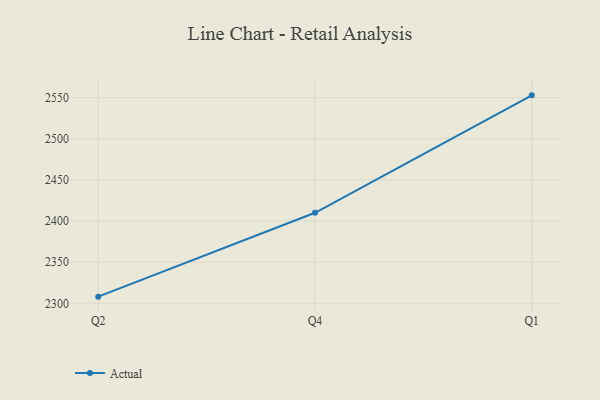
{"axis": {"x": "Quarter", "y": "Website Visitors"}, "legend": ["Actual"], "data": [{"x": "Q2", "y": 2308.1, "type": "Actual"}, {"x": "Q4", "y": 2410.1, "type": "Actual"}, {"x": "Q1", "y": 2552.9, "type": "Actual"}]}